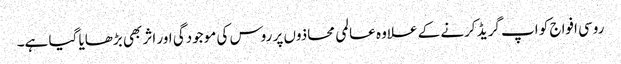
روسی افواج کو اپ گریڈ کرنے کے علاوہ عالمی محاذوں پر روس کی موجودگی اور اثر بھی بڑھایا گیا ہے۔